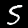
Digit: 5